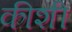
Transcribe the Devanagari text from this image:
कीशी